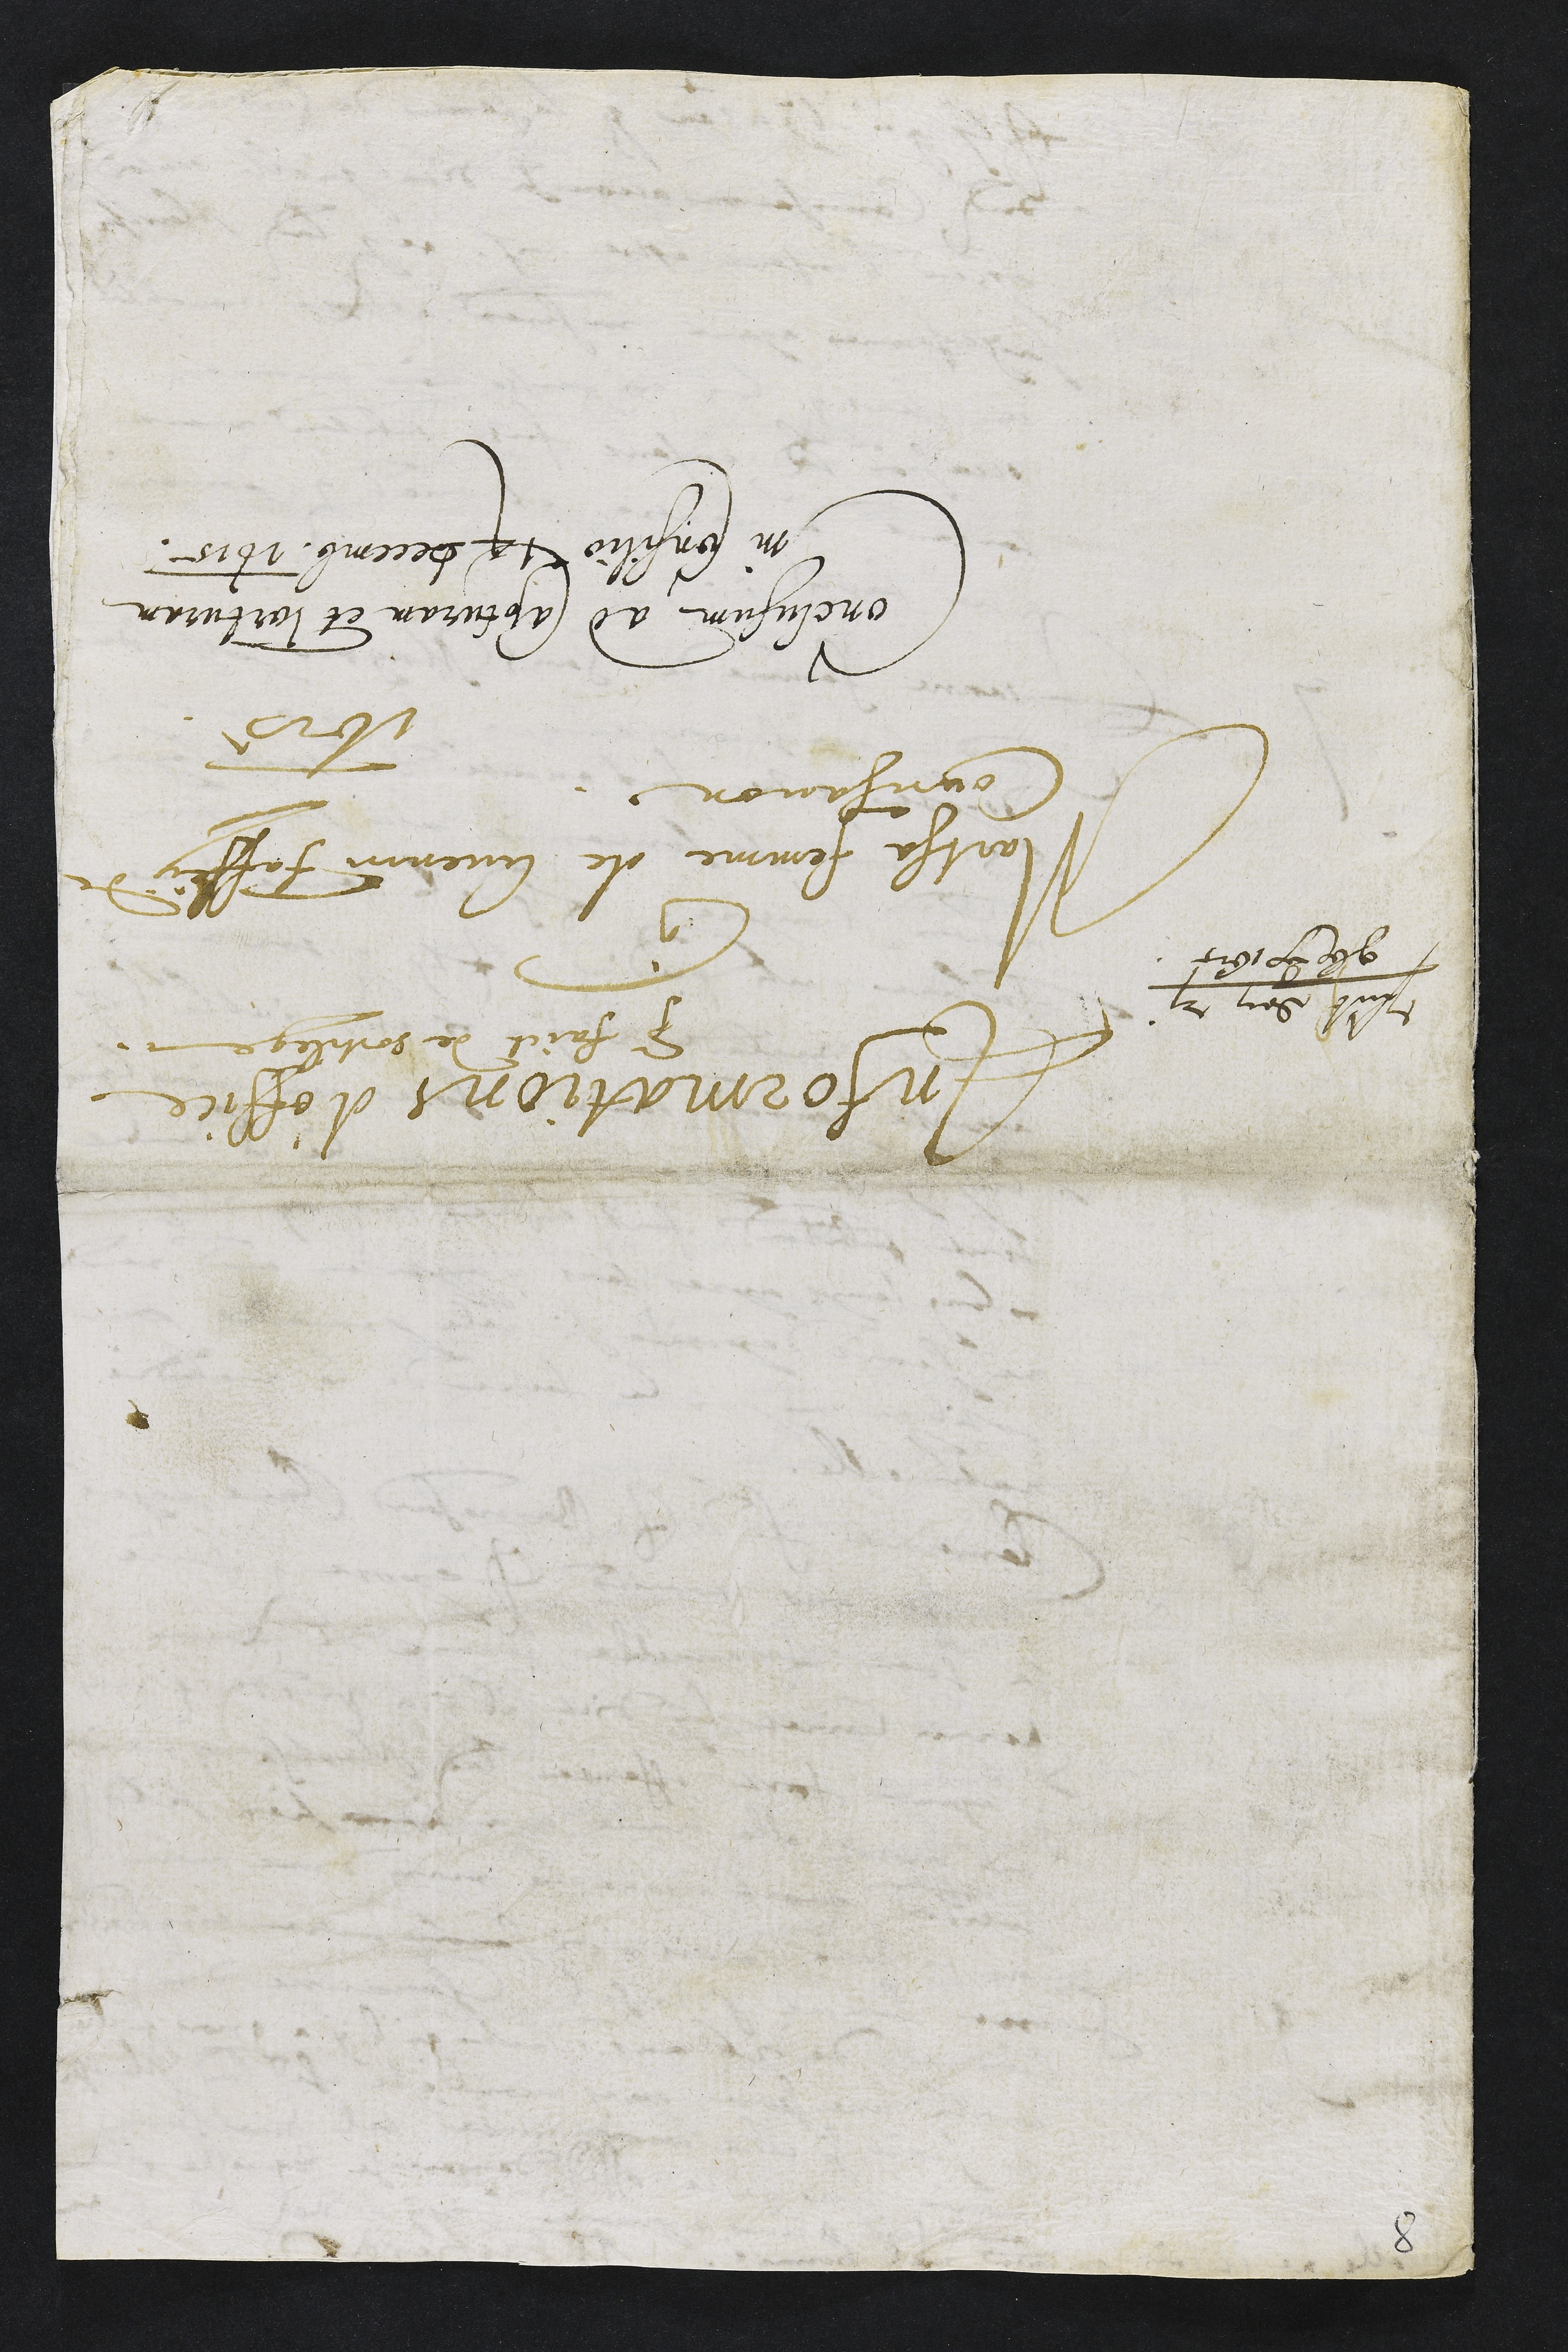
Presentatum den 21
9bris anno 1615

Informations d'office
pour faict de sortilege
contre
Martha femme de Guenin Faffey de
Courchavon
1615
Conclusum ad Capturam et Torturam
in Consilio 14 decembris 1615.